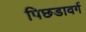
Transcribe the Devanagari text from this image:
पिछडावर्ग